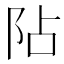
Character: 阽